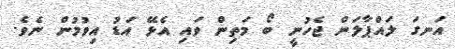
އަނގަ ލައްޕާލަން ޖެހުނީ ބޯ މަތިން ވައި އެޅޭ އަޑު އިވުމުން ނެވެ.